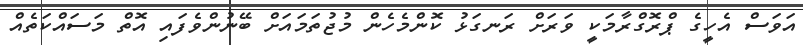
އަވަސް އެހީގެ ޕްރޮގްރާމަކީ ވަރަށް ރަނގަޅު ކޮންމެހެން މުޖުތަމައަށް ބޭނުންވެފައި އޮތް މަސައްކަތެއް